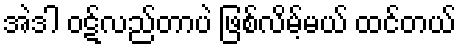
အဲဒါ ဝဋ်လည်တာပဲ ဖြစ်လိမ့်မယ် ထင်တယ်